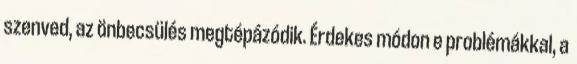
szenved, az önbecsülés megtépázódik. Érdekes módon e problémákkal, a